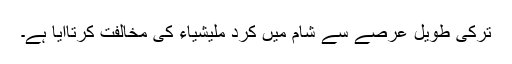
ترکی طویل عرصے سے شام میں کرد ملیشیاء کی مخالفت کرتاآیا ہے۔